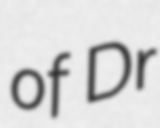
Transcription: of Dr